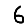
Digit: 6